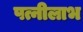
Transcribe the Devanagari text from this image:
पत्नीलाभ